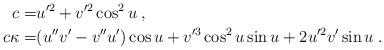
LaTeX: \begin{align*}c=&u'^2+v'^2\cos^2u \; , \\c \kappa=&(u''v'-v''u')\cos u+v'^3\cos^2u\sin u+2u'^2v'\sin u \; . \end{align*}